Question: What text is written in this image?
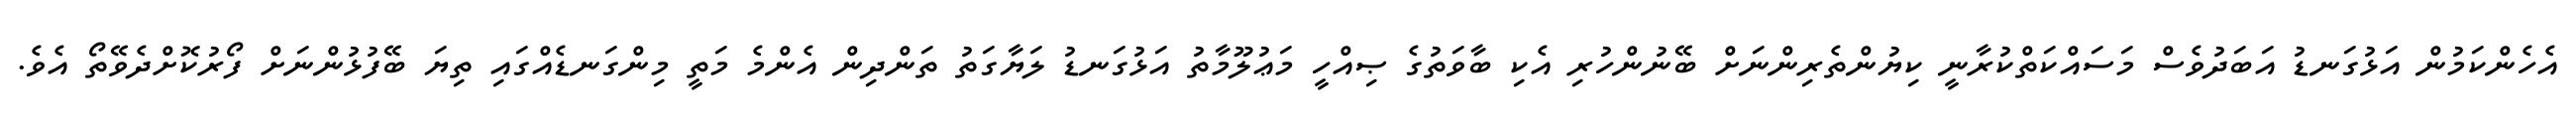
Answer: އެހެންކަމުން އަޅުގަނޑު އަބަދުވެސް މަސައްކަތްކުރާނީ ކިޔުންތެރިންނަށް ބޭނުންހުރި އެކި ބާވަތުގެ ޞިއްހީ މަޢުލޫމާތު އަޅުގަނޑު ލަޔާގަތު ތަންދިން އެންމެ މަތީ މިންގަނޑެއްގައި ތިޔަ ބޭފުޅުންނަށް ފޯރުކޮށްދެވޭތޯ އެވެ.